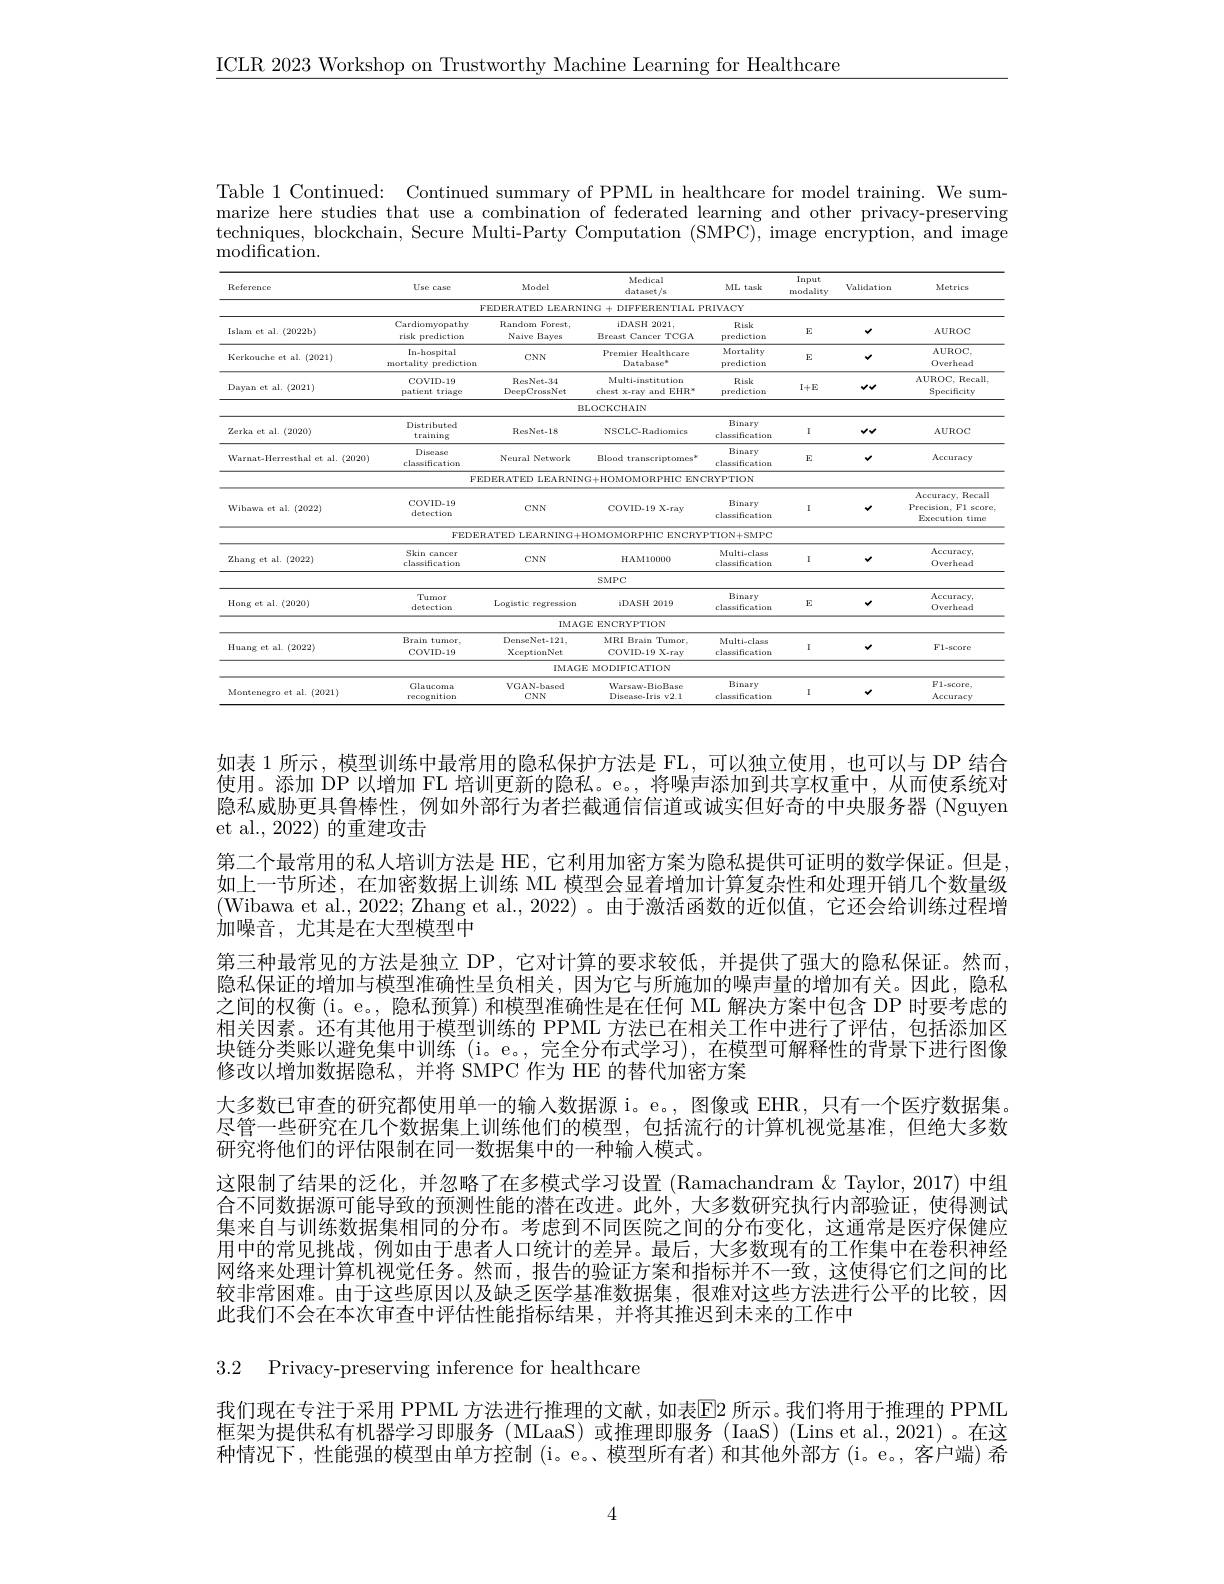
$\underline{\mathrm{ICLR~2023~Workshop~on~Trustworthy~Machine~Learning~for~Healthcare}}$

Table 1 Continued: Continued summary of PPML in healthcare for model training. We summarize here studies that use a combination of federated learning and other privacy-preserving techniques, blockchain, Secure Multi-Party Computation (SMPC), image encryption, and image ${\mathrm{modification}}.$

<table>
	<tbody>
		<tr>
			<th>Reference</th>
			<th>Use case</th>
			<th>Model</th>
			<th>Medical dataset $f^{\prime}$s</th>
			<th>ML task</th>
			<th>$\operatorname{Input}$ modality</th>
			<th>Validation</th>
			<th>Metrics</th>
		</tr>
		<tr>
			<td> </td>
			<td> </td>
			<td>FEDERATED LEARY</td>
			<td>VING+DIFFERENTIAL P</td>
			<td>RIVACY</td>
			<td> </td>
			<td> </td>
			<td> </td>
		</tr>
		<tr>
			<td>Islam et al. (2022b)</td>
			<td>Cardiomyopathy risk prediction (1)</td>
			<td>Random Forest, Naive Bayes</td>
			<td>iDASH 2021 Breast Cancer TCGA</td>
			<td>Risk prediction</td>
			<td>$E$</td>
			<td>v</td>
			<td>$\Lambda UROC$</td>
		</tr>
		<tr>
			<td>Kerkouche et al.(2021)</td>
			<td>In-hosspital mortality prediction</td>
			<td>CNN</td>
			<td>Premier Healthcare Database$^{*}$</td>
			<td>Mortality prediction</td>
			<td>E</td>
			<td>v</td>
			<td>$\Lambda UROC.$ Overhead</td>
		</tr>
		<tr>
			<td rowspan="2">Dayan et al. (2021)</td>
			<td>COVID-19 patient triages</td>
			<td>ResNet-34 DeepCross Net</td>
			<td>Multi-institution chest x-ray and EHR$^{\mathrm{x}}$</td>
			<td>Risk prediction</td>
			<td>$I+E$</td>
			<td>$vv$</td>
			<td>$\Lambda$UROC, Recall, Specificity</td>
		</tr>
		<tr>
			<td> </td>
			<td> </td>
			<td>BLOCKCHAIN</td>
			<td> </td>
			<td> </td>
			<td> </td>
			<td> </td>
		</tr>
		<tr>
			<td>Zerka et al. (2020)</td>
			<td>Distributed training</td>
			<td>Res Net-1.8</td>
			<td>NSCLC- Radiomics</td>
			<td>Binary classification</td>
			<td>I</td>
			<td>$vv$</td>
			<td>$\Lambda UROC$</td>
		</tr>
		<tr>
			<td>Warnat-Herresthal et al.(2020)</td>
			<td>Diseasce classification</td>
			<td>Neural Networlo</td>
			<td>Blood transcriptomes$^{\mathrm{o}}$</td>
			<td>Binary classification</td>
			<td>$E$</td>
			<td>v</td>
			<td>Accuracy</td>
		</tr>
		<tr>
			<td> </td>
			<td>$FI$</td>
			<td>CDERATED LEARNII</td>
			<td>VG+ HOMOMORPHICENC</td>
			<td>$\mathbb{R}$YPTION</td>
			<td> </td>
			<td> </td>
			<td> </td>
		</tr>
		<tr>
			<td rowspan="2">Wibawa et al. (2022)</td>
			<td>COVID-19 detection</td>
			<td>$CNN$</td>
			<td>COVID-19 X-ray</td>
			<td>Binary classification</td>
			<td>I</td>
			<td>$v$</td>
			<td>Accuracy, Recall Precision, F1 score Execution time</td>
		</tr>
		<tr>
			<td>FEDE</td>
			<td>RATED LEARNING+</td>
			<td>HOMOMORPHIC ENCRYI</td>
			<td>PTION+ SMPC</td>
			<td> </td>
			<td> </td>
			<td> </td>
		</tr>
		<tr>
			<td rowspan="2">Zhang et al. (2022)</td>
			<td>Skin cancer classification</td>
			<td>$CNN$</td>
			<td>HAM10000</td>
			<td>Multi-classe classification</td>
			<td>I</td>
			<td>v</td>
			<td>$\Lambda$ccuracy Overhead</td>
		</tr>
		<tr>
			<td> </td>
			<td> </td>
			<td>SMPC</td>
			<td> </td>
			<td> </td>
			<td> </td>
			<td> </td>
		</tr>
		<tr>
			<td rowspan="2">Hong ct al. (2020)</td>
			<td>Tumor detection</td>
			<td>Logisstic $=regressiora$</td>
			<td>iDASH 2019</td>
			<td>Binary classification</td>
			<td>E</td>
			<td>v</td>
			<td>Accuracy Overhead</td>
		</tr>
		<tr>
			<td> </td>
			<td>IMA</td>
			<td>GE ENCRYPTION</td>
			<td> </td>
			<td> </td>
			<td> </td>
			<td> </td>
		</tr>
		<tr>
			<td rowspan="2">Huang et al. ( 2022) </td>
			<td>Brain tumor, COVID-19</td>
			<td>DenseNet-121, XceptionNet</td>
			<td>MRI Brain Tumor, COVID-19 X-ray</td>
			<td>Multi-classe classification</td>
			<td>I</td>
			<td>v</td>
			<td>F1-score</td>
		</tr>
		<tr>
			<td> </td>
			<td>IMAG</td>
			<td>FE MODIFICATION</td>
			<td> </td>
			<td> </td>
			<td> </td>
			<td> </td>
		</tr>
		<tr>
			<td>Montenegro et al. (2021)</td>
			<td>Glaucoma recognitiora</td>
			<td>$VGAN-based$ $CNN$</td>
			<td>$Varsaw-BioBase$ Disease-Iris v2.1</td>
			<td>Binary classification</td>
			<td>I</td>
			<td>v</td>
			<td>F1-5core, Accuracy</td>
		</tr>
		<tr>
			<td>1. $1egr$ 1 41 1</td>
			<td>recognitiora</td>
			<td>$CNN$</td>
			<td>Disease-Iris v2.1</td>
			<td>classification</td>
			<td> </td>
			<td>Y</td>
			<td>Accuracy</td>
		</tr>
	</tbody>
</table>

如表 1 所示，模型训练中最常用的隐私保护方法是 FL, 可以独立使用，也可以与 DP 结合使用。添加 DP 以增加 FL 培训更新的隐私。e。,将噪声添加到共享权重中，从而使系统对隐私威胁更具鲁棒性，例如外部行为者拦截通信信道或诚实但好奇的中央服务器 (Nguyen et al., 2022) 的重建攻击
第二个最常用的私人培训方法是 HE, 它利用加密方案为隐私提供可证明的数学保证。但是， 如上一节所述，在加密数据上训练 ML 模型会显着增加计算复杂性和处理开销几个数量级(Wibawa et al., 2022; Zhang et al., 2022)。由于激活函数的近似值，它还会给训练过程增加噪音，尤其是在大型模型中
第三种最常见的方法是独立 DP ,它对计算的要求较低，并提供了强大的隐私保证。然而隐私保证的增加与模型准确性呈负相关，因为它与所施加的噪声量的增加有关。因此，隐私之间的权衡(i。e。, 隐私预算) 和模型准确性是在任何 ML 解决方案中包含 DP 时要考虑的相关因素。还有其他用于模型训练的 PPML 方法已在相关工作中进行了评估，包括添加区块链分类账以避免集中训练 (i。e。, 完全分布式学习), 在模型可解释性的背景下进行图像修改以增加数据隐私，并将 SMPC 作为 HE 的替代加密方案
大多数已审查的研究都使用单一的输入数据源 i。e。, 图像或 EHR,只有一个医疗数据集。尽管一些研究在几个数据集上训练他们的模型，包括流行的计算机视觉基准，但绝大多数研究将他们的评估限制在同一数据集中的一种输入模式。
这限制了结果的泛化，并忽略了在多模式学习设置 (Ramachandram & Taylor, 2017) 中组合不同数据源可能导致的预测性能的潜在改进。此外，大多数研究执行内部验证，使得测试集来自与训练数据集相同的分布。考虑到不同医院之间的分布变化，这通常是医疗保健应用中的常见挑战，例如由于患者人口统计的差异。最后，大多数现有的工作集中在卷积神经网络来处理计算机视觉任务。然而，报告的验证方案和指标并不一致，这使得它们之间的比较非常困难。由于这些原因以及缺乏医学基准数据集，很难对这些方法进行公平的比较，因此我们不会在本次审查中评估性能指标结果，并将其推迟到未来的工作中

3.2 Privacy-preserving inference for healthcare

我们现在专注于采用 PPML 方法进行推理的文献，如表$\mathbb{E}$2 所示。我们将用于推理的 PPML 框架为提供私有机器学习即服务(MLaaS)或推理即服务(IaaS)(Lins et al.,2021)。在这种情况下，性能强的模型由单方控制(i。e。模型所有者)和其他外部方(i。e。,客户端) 希

4